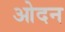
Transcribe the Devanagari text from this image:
ओदन